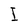
Character: I